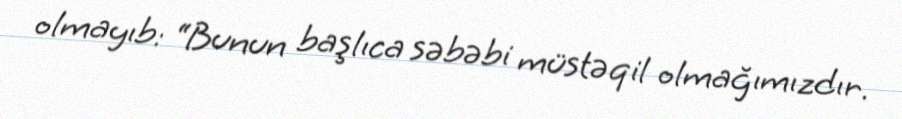
olmayıb: “Bunun başlıca səbəbi müstəqil olmağımızdır.